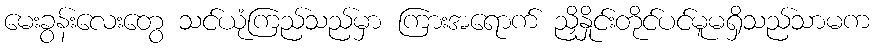
မေးခွန်းလေးတွေ သင်ယုံကြည်သည်မှာ ကြားအရောက် ညှိနှိုင်းတိုင်ပင်မူမရှိသည်သာမက